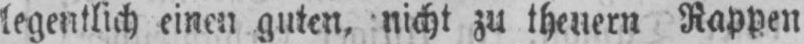
legentlich einen guten, nicht zu theuern Rappen